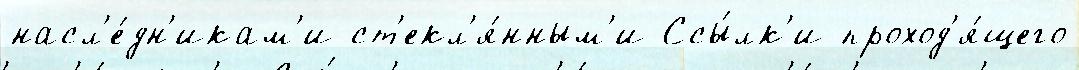
насл'е́дн'икам'и ст'екл'я́нным'и Ссы́лк'и проход'я́щего